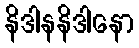
နိဒါနနိဒါနော